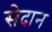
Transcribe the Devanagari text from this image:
सेदान